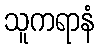
သူကရာနံ